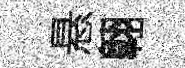
悬翺